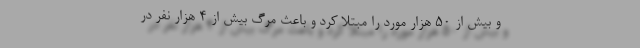
و بیش از 50 هزار مورد را مبتلا کرد و باعث مرگ بیش از 4 هزار نفر در